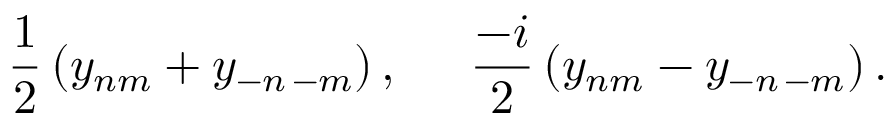
\frac { 1 } { 2 } \left( y _ { n m } + y _ { - n \, - m } \right) , \; \; \; \; \; \frac { - i } { 2 } \left( y _ { n m } - y _ { - n \, - m } \right) .